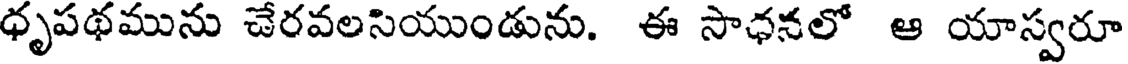
ధృపథమును చేరవలసియుండును. ఈ సాధనలో ఆ యాస్వరూ